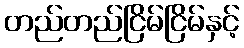
တည်တည်ငြိမ်ငြိမ်နှင့်